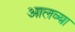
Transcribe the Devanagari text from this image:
आलव्या